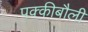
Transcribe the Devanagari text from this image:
पक्कीबौली